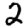
Digit: 2